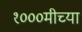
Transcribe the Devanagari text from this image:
१०००मीच्या